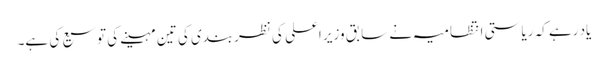
یاد رہے کہ ریاستی انتظامیہ نے سابق وزیر اعلی کی نظربندی کی تین مہینے کی توسیع کی ہے۔